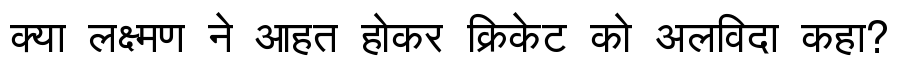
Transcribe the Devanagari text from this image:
क्या लक्ष्मण ने आहत होकर क्रिकेट को अलविदा कहा?